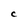
Character: C